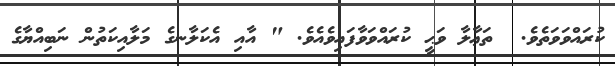
ކުރައްވަވަތެވެ.  ތަޢާލާ ވަޙީ ކުރައްވަވާފައިވެއެވެ. " އާއި އެކަލާނގެ މަލާއިކަތުން ނަބިއްޔާގެ